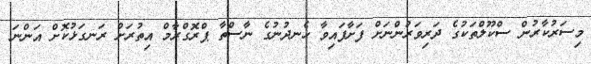
މިސަރުކާރުން ސްކޫލްތަކުގެ ދަރިވަރުންނަށް ފަށާފައިވާ ހެނދުނުގެ ނާސްތާ ޕްރޮގްރާމް އިތުރަށް ރަނގަޅުކޮށް އަންނަ